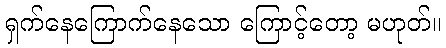
ရှက်နေကြောက်နေသော ကြောင့်တော့ မဟုတ်။